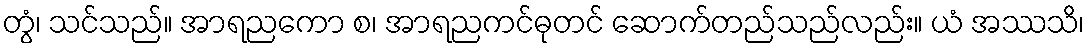
တွံ၊ သင်သည်။ အာရညကော စ၊ အာရညကင်ဓုတင် ဆောက်တည်သည်လည်း။ ယံ အဿသိ၊